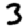
Digit: 3